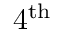
4 ^ { \mathrm { t h } }